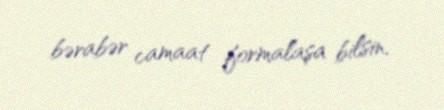
bərabər camaat formalaşa bilsin.